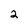
Character: 2